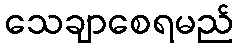
သေချာစေရမည်